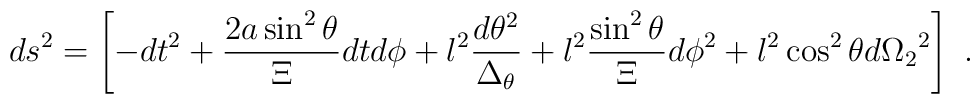
ds^2=\left[-dt^2+{2a\sin^2{\theta}\over\Xi}dtd\phi+l^2{d\theta^2 \over\Delta_{\theta}}+l^2{\sin^2{\theta} \over \Xi}d\phi^2+l^2\cos^2{\theta}d {\Omega_{2}}^2\right]\ .